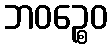
ဘဝဉ္စေဝ